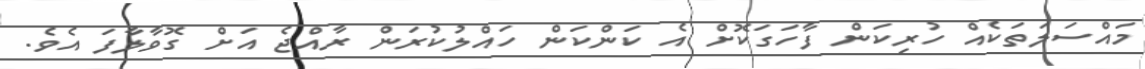
މައްސަލަތަކެއް ހުރިކަން ފާހަގަކޮށް އެ ކަންކަން ހައްލުކުރަން ރާއްޖެ އަށް ގޮވާލާފަ އެވެ.